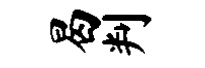
曷判